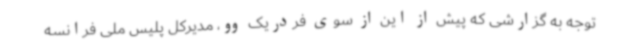
توجه به گزارشی که پیش از این از سوی فردریک وو، مدیرکل پلیس ملی فرانسه